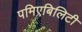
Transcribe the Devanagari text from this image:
पमिएबिलिटी